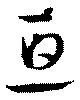
亘